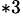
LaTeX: ^{*3}